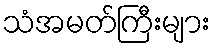
သံအမတ်ကြီးများ